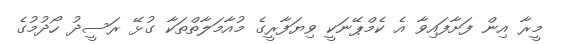
މީރާ އިން ފަށާފައިވާ އެ ކެމްޕޭނަކީ ވިޔަފާރީގެ މުއާމަލާތްތަކާ ގުޅޭ ރަސީދު ހޯދުމުގެ